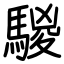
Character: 騣